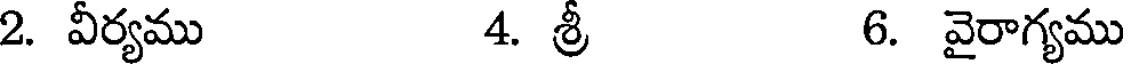
2. వీర్యము 4. శ్రీ 6. వైరాగ్యము